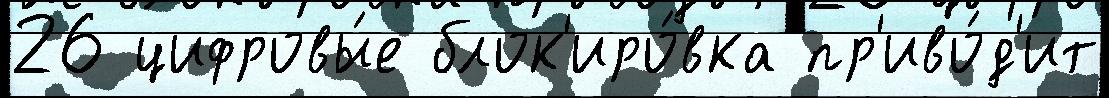
26 цифровы́е блок'иро́вка пр'иво́д'ит